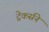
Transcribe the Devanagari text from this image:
ट्रेकर्सने